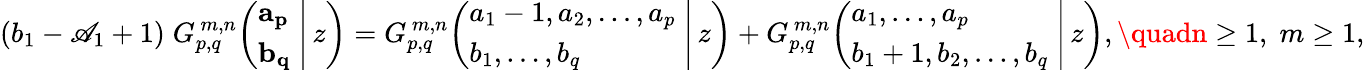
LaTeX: (b_{1}-\mathscr{A}_{1}+1)\; G_{p,q}^{\, m,n}\! \left(\left.{\begin{array}{l}{\mathbf{a_{p}}}\\ {\mathbf{b_{q}}}\end{array}}\; \right|\, z\right)=G_{p,q}^{\, m,n}\! \left(\left.{\begin{array}{l}{a_{1}-1,a_{2},\dots,a_{p}}\\ {b_{1},\dots,b_{q}}\end{array}}\; \right|\, z\right)+G_{p,q}^{\, m,n}\! \left(\left.{\begin{array}{l}{a_{1},\dots,a_{p}}\\ {b_{1}+1,b_{2},\dots,b_{q}}\end{array}}\; \right|\, z\right),\quadn\geq1,\; m\geq1,